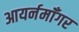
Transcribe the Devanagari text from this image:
आयर्नमॉँगर